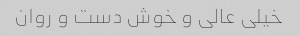
خیلی عالی و خوش دست و روان